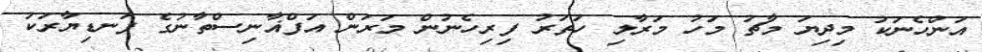
އަންހެނަކު މިދިޔަ މާޗު މަހު މަރާލި ހަތަރު ފިރިހެނުން މަރަން އަފްޣާނިސްތާނުގެ ފަނޑިޔާރަކު